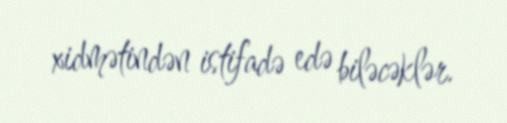
xidmətindən istifadə edə biləcəklər.